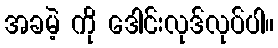
အခမဲ့ ကို ဒေါင်းလုဒ်လုပ်ပါ။